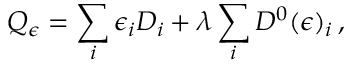
Q _ { \epsilon } = \sum _ { i } \epsilon _ { i } { \cal D } _ { i } + \lambda \sum _ { i } { \cal D } ^ { 0 } ( \epsilon ) _ { i } \, ,